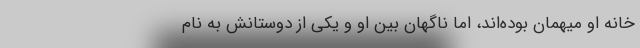
خانه او میهمان بوده‌اند، اما ناگهان بین او و یکی از دوستانش به‌ نام